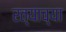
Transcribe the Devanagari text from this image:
रत्याच्या